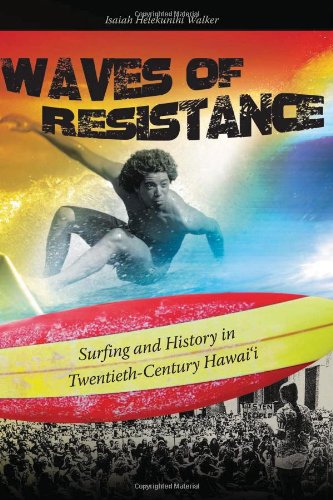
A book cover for Waves of Resistance: Surfing and History in Twentieth-Century Hawaii; Isaiah Helekunihi Walker; Sports & Outdoors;